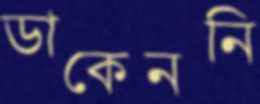
ডাকেননি